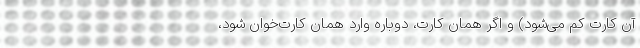
آن کارت کم می‌شود) و اگر همان کارت، دوباره وارد همان کارت‌خوان شود،